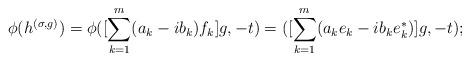
LaTeX: \begin{align*}\phi(h^{(\sigma, g)})=\phi([\sum^m_{k=1} (a_k -ib_k)f_k]g,-t)=([\sum^m_{k=1} (a_k e_k -ib_ke^{\ast}_k)]g,-t);\end{align*}